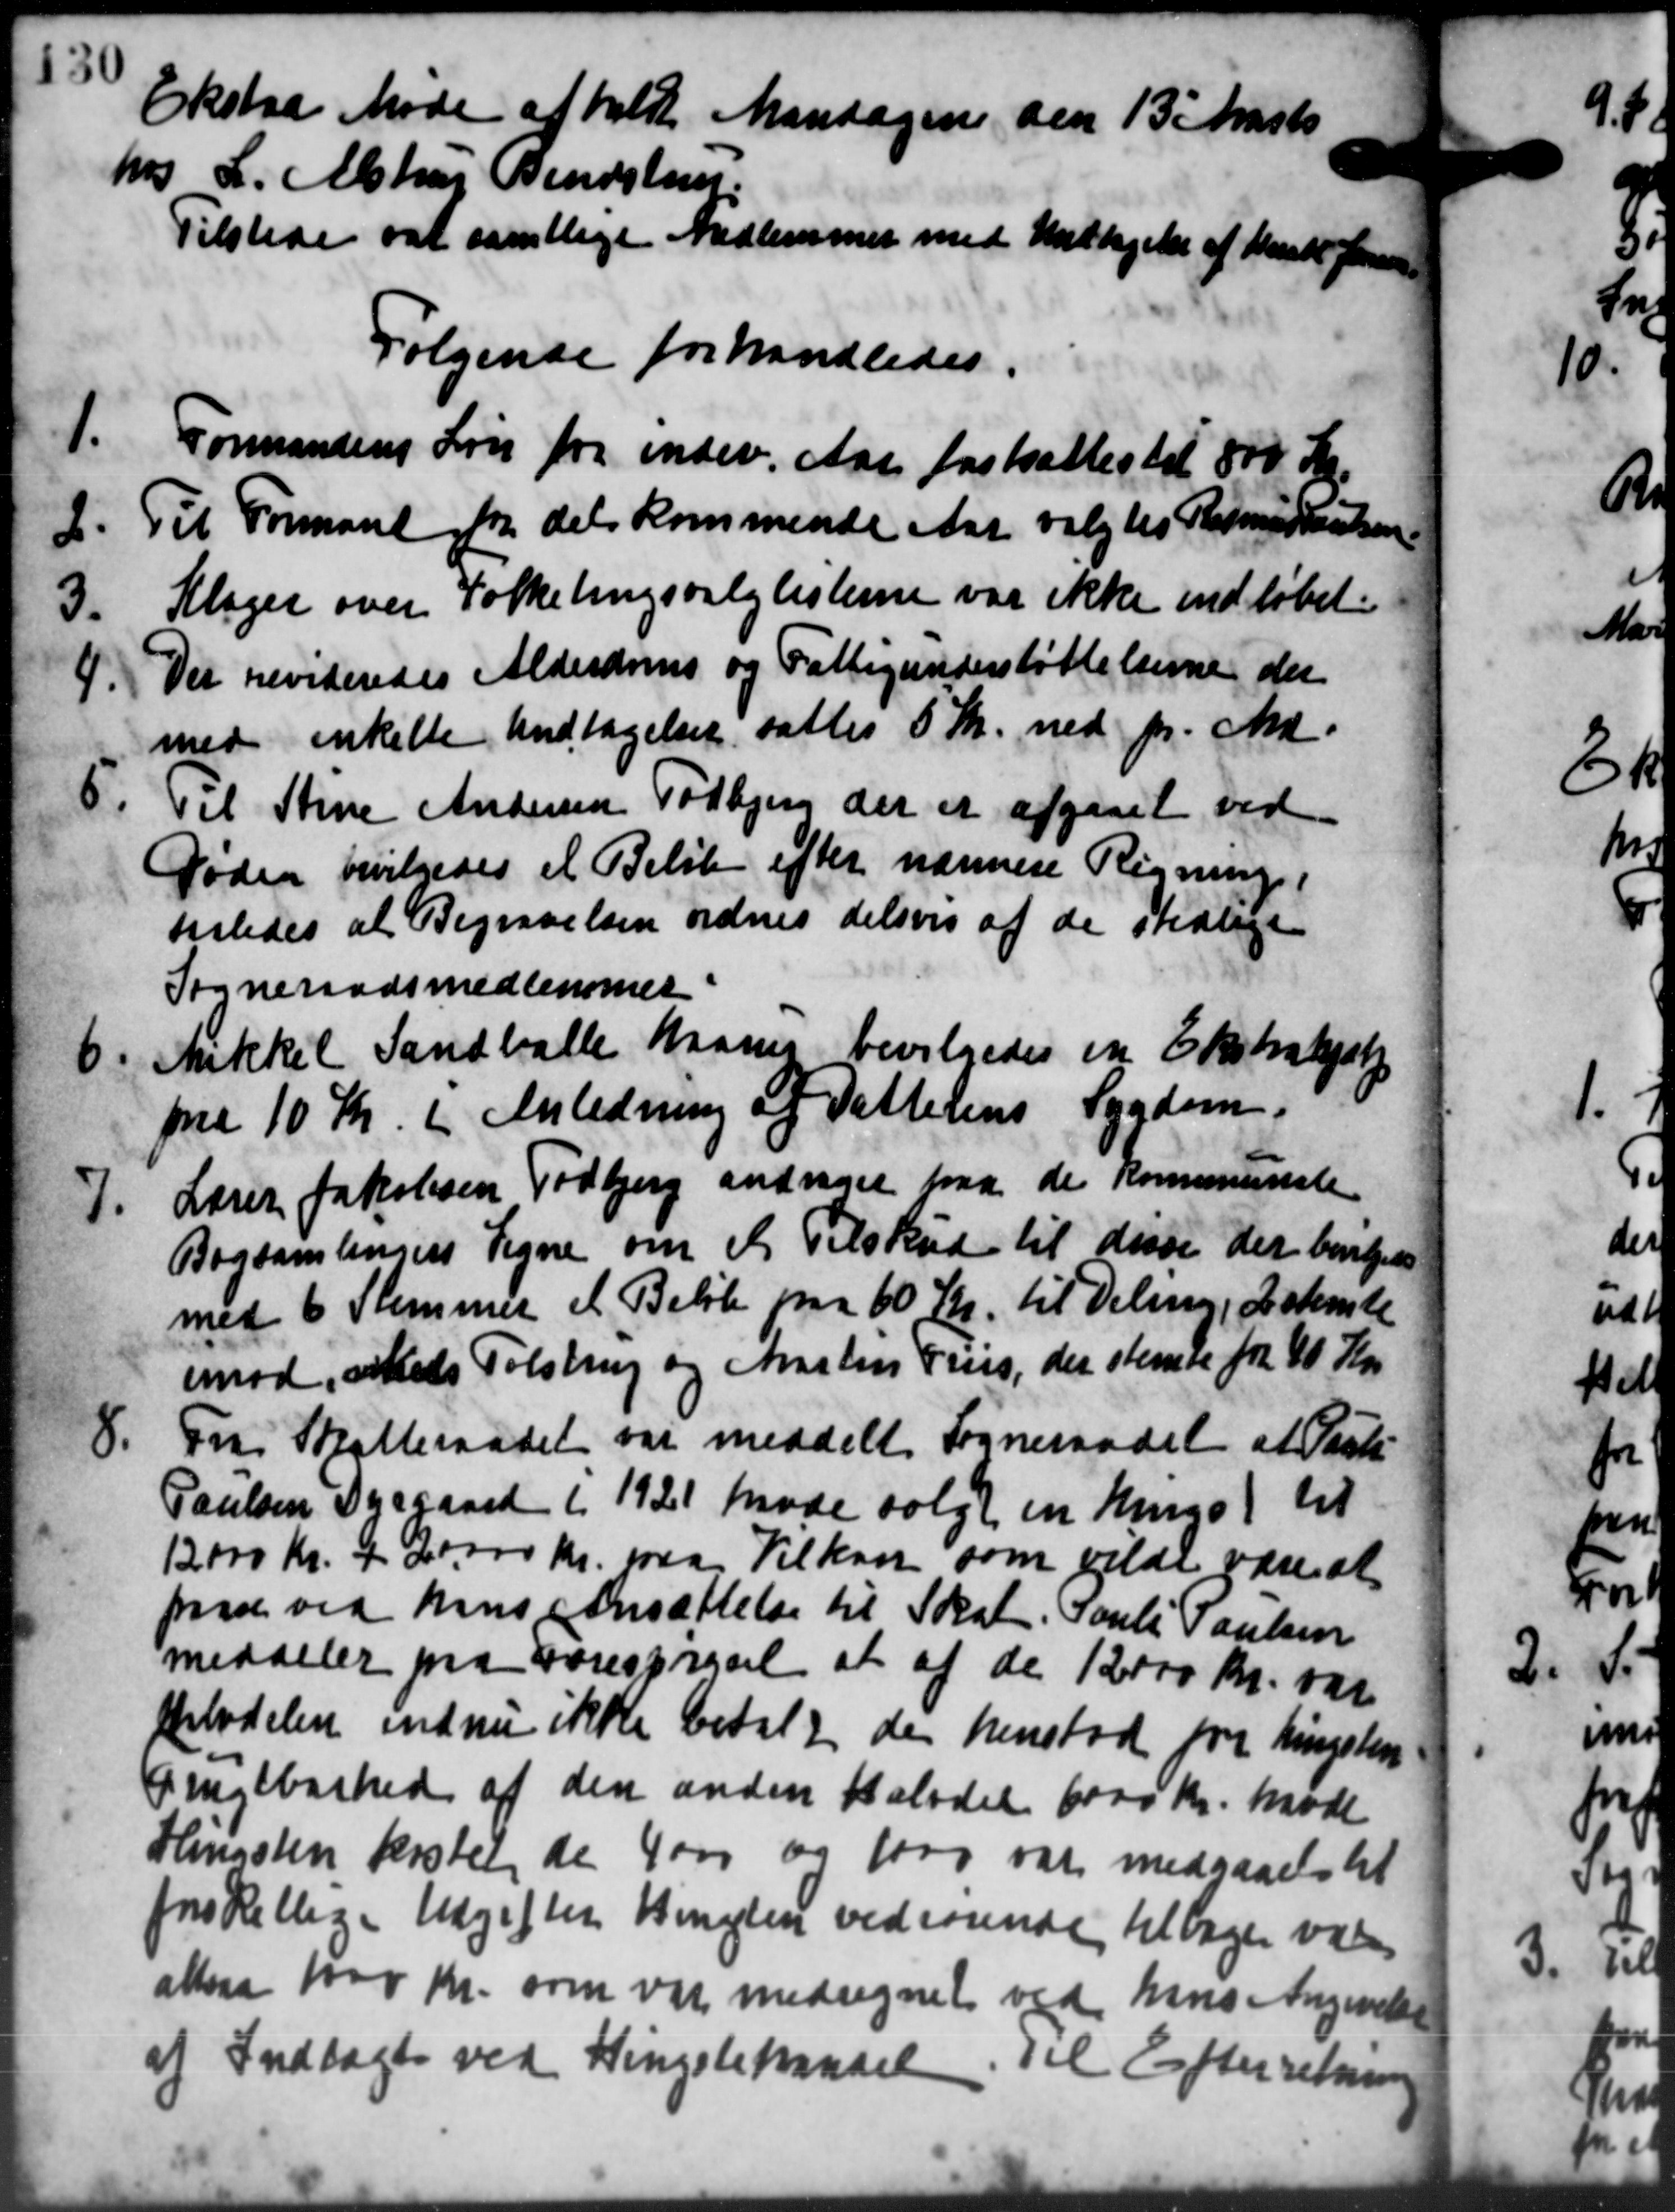
Transskription:
Ekstra Møde afholdt Mandagen den 13 Marts
hos L. Alstrup Bendstrup
Tilstede sat samtlige Medlemmer med Undtagelse af Maste Jens
Følgende forhandledes.
1. Formandens Løn for indev. Aar fastsattes til 800 Kr.
1. Formandens Løn for indev. Aar fastsattes til 800 Kr.
2.
Til Formand for det kommende Aar valgtes Rasmus Poulsen
3.
Klager over Folketingsvalglisterne var ikke indløbet.
4.
Det revideredes Alderdoms og Fattigunderstøttelserne der
med enkelte Undtagelser sattes 5 Kr. ned pr. Md.
5. Til Stine Andersen Todbjerg der er afgaaet ved
5. Til Stine Andersen Todbjerg der er afgaaet ved
Døden bevilgedes et Beløb efter nærmere Regning
saledes at Begravelsen ordnes delsvis af de stedlige
Sogneraadsmedlemmer
6.
Mikkel Sandballe Maane bevilgedes en Ekstrahjæl
paa 10 Kr. i Anledning af Dattesens Sygdom.
7.
Lærer Jakobsen Todbjerg andrager paa de kommuneste
Bogsamlingens Tegne om et Tilskud til disse der bevilgedes
med 6 Stemmer et Beløb paa 60 Kr. til Deling, Estemte
imod, Niels Tolstrup og Martin Pris, der stemte fra 40 Kr.
8. Fra Skatteraadet var meddelt Sogneraadet at Past
8. Fra Skatteraadet var meddelt Sogneraadet at Past
Poulsen Dyrgaard i 1921 Møde solgt en Kingst til
12000 Kr. + 20.000 Kr. paa Vilkan som vilde være at
paaa ved hans Ansættelse til Skat. Pouls Poulsen
meddeler paa Forespørgsel at af de 12000 kr. var
Bladelsen endnu ikke betalt der henstod for Ringsten
Geugebarhed af den anden halvdel 6000 Kr. mødt
Hingsten krotel de 4000 og 1000 var medgaaels til
forskellige Udgifter Vigten vedrørende tilbages vares
altsaa 1000 Kr. som var medregnet ved hans Angivelse
af Indtægt ved Kingstehandel. Til Efterretning